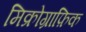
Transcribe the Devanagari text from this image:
मिक्रोग्राफ़िक